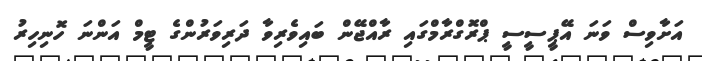
އަށާވިސް ވަނަ އޭޕީސީސީ ޕްރޮގްރާމްގައި ރާއްޖޭން ބައިވެރިވާ ދަރިވަރުންގެ ޓީމް އަންނަ ހޮނިހިރު